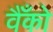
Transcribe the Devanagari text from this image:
वैँको